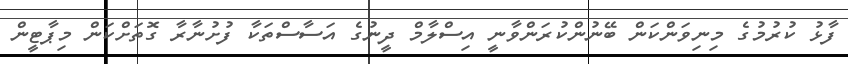
ފާޅު ކުރުމުގެ މިނިވަންކަން ބޭނުންކުރަންވާނީ އިސްލާމް ދީނުގެ އަސާސްތަކާ ފުށުނާރާ ގޮތަށްކަން މިޕާޓީން